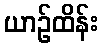
ယာဉ်ထိန်း